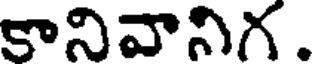
కానివానిగ.